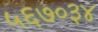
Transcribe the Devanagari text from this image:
५६७०३४